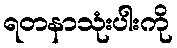
ရတနာသုံးပါးကို